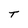
Character: T